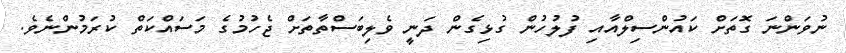
ނުވަންނަ ގޮތަށް ކައުންސިލްއާއި ފުލުހުން ގުޅިގެން ދަނީ ވެލިބަސްތާތަށް ޖެހުމުގެ މަސައްކަތް ކުރަމުންނެވެ.